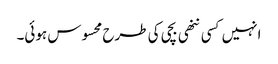
انہیں کسی ننھی بچی کی طرح محسوس ہوئی۔